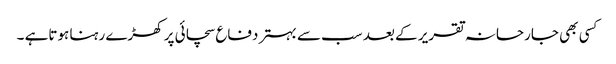
کسی بھی جارحانہ تقریر کے بعد سب سے بہتر دفاع سچائی پر کھڑے رہنا ہوتاہے ۔